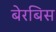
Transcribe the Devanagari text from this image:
बेरबिस